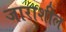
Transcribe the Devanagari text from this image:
जाराशील